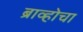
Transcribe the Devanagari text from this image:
ब्राव्होचा